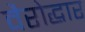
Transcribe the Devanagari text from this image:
वैरोद्धार